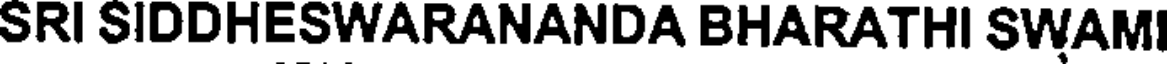
SRI SIDDHESWARANANDA BHARATHI SWAM